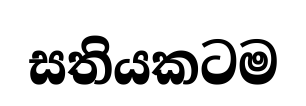
සතියකටම